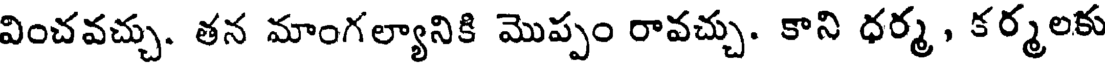
వించవచ్చు. తన మాంగల్యానికి మొప్పం రావచ్చు. కాని ధర్మ , కర్మలకు